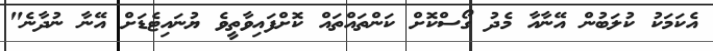
އެކަމަކު ކުލަބުން އޭނާއާ މެދު ގޯސްކޮށް ކަންތައްތައް ކޮށްފައިވާތީވެ ޔުނައިޓެޑަށް އޭނާ ނުދާނެ"